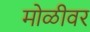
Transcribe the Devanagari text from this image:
मोळीवर